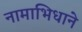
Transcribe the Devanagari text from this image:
नामाभिधाने